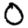
Digit: 0